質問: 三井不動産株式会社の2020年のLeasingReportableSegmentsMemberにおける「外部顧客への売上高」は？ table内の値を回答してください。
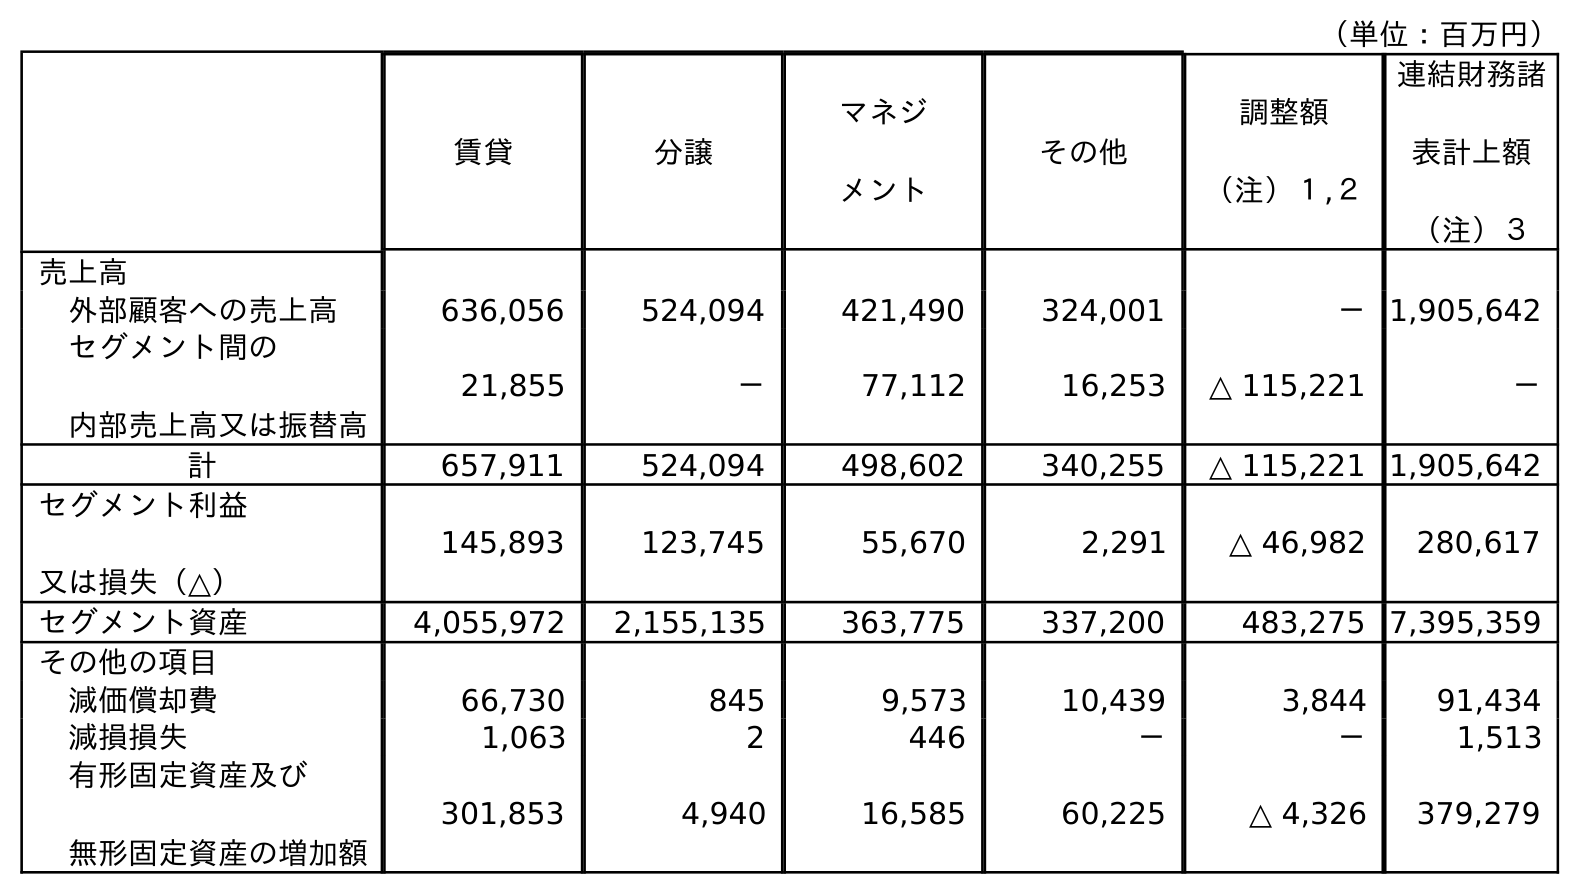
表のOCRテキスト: （単位：百万円） 賃貸 分譲 マネジ メント その他 調整額 （注）１,２ 連結財務諸 表計上額 （注）３ 売上高 外部顧客への売上高 636,056 524,094 421,490 324,001 －1,905,642 セグメント間の 内部売上高又は振替高 21,855 － 77,112 16,253 △ 115,221 － 計 657,911 524,094 498,602 340,255 △ 115,221 1,905,642 セグメント利益 又は損失（△） 145,893 123,745 55,670 2,291 △ 46,982 280,617 セグメント資産 4,055,972 2,155,135 363,775 337,200 483,275 7,395,359 その他の項目 減価償却費 66,730 845 9,573 10,439 3,844 91,434 減損損失 1,063 2 446 － － 1,513 有形固定資産及び 無形固定資産の増加額 301,853 4,940 16,585 60,225 △ 4,326 379,279
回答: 636,056